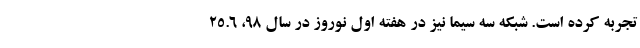
تجربه کرده است. شبکه سه سیما نیز در هفته اول نوروز در سال 98، 25.6